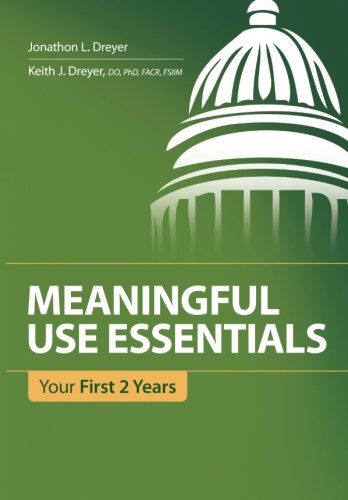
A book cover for Meaningful Use Essentials: Your First 2 Years; Jonathon L. Dreyer; Medical Books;